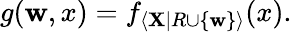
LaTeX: g(\mathbf{w},x)=f_{\langle\mathbf{X}|R\cup\{ \mathbf{w}\} \rangle}(x).